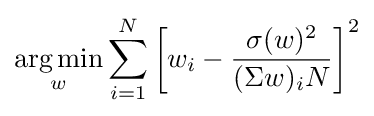
{\underset {w}{\arg \min }}\sum _{i=1}^{N}\left[w_{i}-{\frac {\sigma (w)^{2}}{(\Sigma w)_{i}N}}\right]^{2}